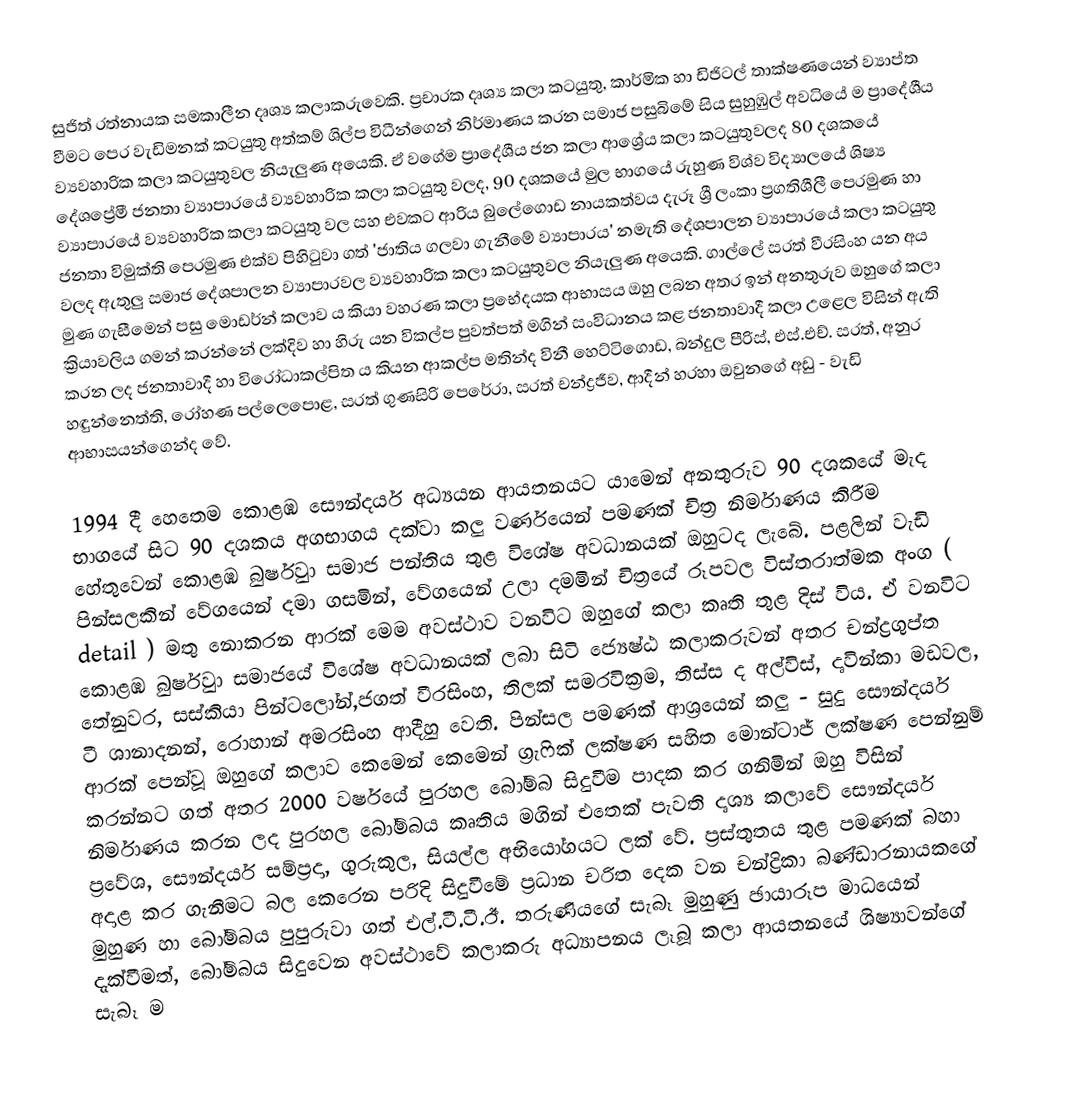
සුජිත් රත්නායක සමකාලීන දෘශ්‍ය කලාකරුවෙකි.   ප්‍රචාරක දෘශ්‍ය කලා කටයුතු,   කාර්මික හා ඩිජිටල් තාක්ෂණයෙන් ව්‍යාප්ත වීමට පෙර වැඩිමනක් කටයුතු අත්කම් ශිල්ප විධීන්ගෙන් නිර්මාණය කරන  සමාජ පසුබිමේ සිය සුහුඹුල් අවධියේ ම  ප්‍රාදේශීය ව්‍යවහාරික කලා   කටයුතුවල නියැලුණ අයෙකි. ඒ වගේම ප්‍රාදේශීය ජන කලා ආශ්‍රේය කලා කටයුතුවලද  80 දශකයේ දේශප්‍රේමී ජනතා ව්‍යාපාරයේ  ව්‍යවහාරික  කලා කටයුතු වලද,  90 දශකයේ මුල භාගයේ රුහුණ විශ්ව විද්‍යාලයේ ශිෂ්‍ය ව්‍යාපාරයේ ව්‍යවහාරික  කලා කටයුතු වල සහ එවකට ආරිය බුලේගොඩ  නායකත්වය දැරූ ශ්‍රී ලංකා ප්‍රගතිශීලී පෙරමුණ හා ජනතා විමුක්ති පෙරමුණ එක්ව පිහිටුවා ගත්   'ජාතිය ගලවා ගැනීමේ ව්‍යාපාරය' නමැති දේශපාලන ව්‍යාපාරයේ    කලා කටයුතු වලද    ඇතුලු සමාජ දේශපාලන  ව්‍යාපාරවල   ව්‍යවහාරික කලා කටයුතුවල නියැලුණ අයෙකි.  ගාල්ලේ සරත් වීරසිංහ යන අය මුණ ගැසීමෙන් පසු මොඩර්න් කලාව ය කියා වහරණ කලා ප්‍රභේදයක ආභාසය ඔහු ලබන අතර ඉන් අනතුරුව ඔහුගේ කලා ක්‍රියාවලිය ගමන්  කරන්නේ  ලක්දිව හා හිරු යන විකල්ප පුවත්පත්  මගින් සංවිධානය කළ   ජනතාවාදී කලා උළෙල විසින් ඇති කරන ලද ජනතාවාදී හා විරෝධාකල්පිත ය  කියන ආකල්ප මතින්ද විනී හෙට්ටිගොඩ, බන්දුල පීරිස්, එස්.එච්. සරත්, අනුර හඳුන්නෙත්ති, රෝහණ පල්ලෙපොළ, සරත් ගුණසිරි පෙරේරා, සරත්  චන්ද්‍රජීව,   ආදීන් හරහා ඔවුනගේ අඩු - වැඩි ආභාසයන්ගෙන්ද වේ.

1994 දී හෙතෙම කොළඹ සෞන්දර්ය අධ්‍යයන ආයතනයට යාමෙන් අනතුරුව 90 දශකයේ මැද භාගයේ සිට 90 දශකය අගභාගය දක්වා කලු වර්ණයෙන්  පමණක් චිත්‍ර නිර්මාණය කිරීම හේතුවෙන් කොළඹ බුර්ෂුවා සමාජ පන්තිය තුළ විශේෂ අවධානයක් ඔහුටද  ලැබේ. පළලින් වැඩි පින්සලකින් වේගයෙන් දමා ගසමින්, වේගයෙන් උලා දමමින් චිත්‍රයේ රූපවල විස්තරාත්මක අංග ( detail ) මතු නොකරන ආරක් මෙම  අවස්ථාව වනවිට  ඔහුගේ කලා කෘති තුළ දිස් විය.   ඒ වනවිට කොළඹ බුර්ෂුවා සමාජයේ විශේෂ අවධානයක් ලබා සිටි ජ්‍යෙෂ්ඨ   කලාකරුවන් අතර චන්ද්‍රගුප්ත තේනුවර, සස්කියා පින්ටලෝන්,ජගත් වීරසිංහ, තිලක් සමරවික්‍රම, තිස්ස ද අල්විස්, දෘවින්කා මඩවල, ටී ශානාදනන්, රොහාන් අමරසිංහ ආදීහු වෙති.  පින්සල පමණක් ආශ්‍රයෙන් කලු - සුදු සෞන්දර්ය ආරක් පෙන්වූ ඔහුගේ කලාව කෙමෙන් කෙමෙන් ග්‍රැෆික් ලක්ෂණ සහිත මොන්ටාජ් ලක්ෂණ පෙන්නුම් කරන්නට ගත් අතර 2000 වර්ෂයේ පුරහල බෝම්බ සිදුවීම පාදක කර ගනිමින් ඔහු විසින් නිර්මාණය  කරන ලද පුරහල බෝම්බය කෘතිය මගින්  එතෙක් පැවති දෘශ්‍ය කලාවේ සෞන්දර්ය ප්‍රවේශ, සෞන්දර්ය සම්ප්‍රදා, ගුරුකුල, සියල්ල  අභියෝගයට ලක් වේ. ප්‍රස්තුතය තුළ පමණක් බහා අදාළ කර ගැනීමට බල කෙරෙන පරිදි සිදුවීමේ ප්‍රධාන චරිත දෙක වන චන්ද්‍රිකා බණ්ඩාරනායකගේ මුහුණ හා බෝම්බය පුපුරුවා ගත් එල්.ටී.ටී.ඊ.  තරුණියගේ සැබෑ මුහුණු ඡායාරූප මාධයෙන් දැක්වීමත්, බෝම්බය සිදුවෙන අවස්ථාවේ කලාකරු අධ්‍යාපනය ලෑබූ කලා ආයතනයේ ශිෂ්‍යාවන්ගේ සැබෑ ම